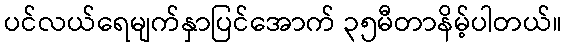
ပင်လယ်ရေမျက်နှာပြင်အောက် ၃၅မီတာနိမ့်ပါတယ်။